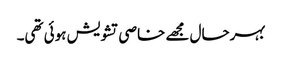
بہرحال مجھے خاصی تشویش ہوئی تھی۔